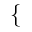
\left\{ \begin{array} { r l } \end{array} \right.